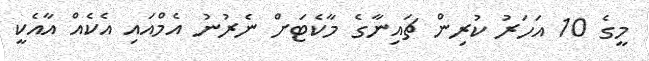
މީގެ 10 އަހަރު ކުރިން ޗައިނާގެ މާކެޓަށް ނެރުނު އެމްއައި އެކެއް އާއެކީ